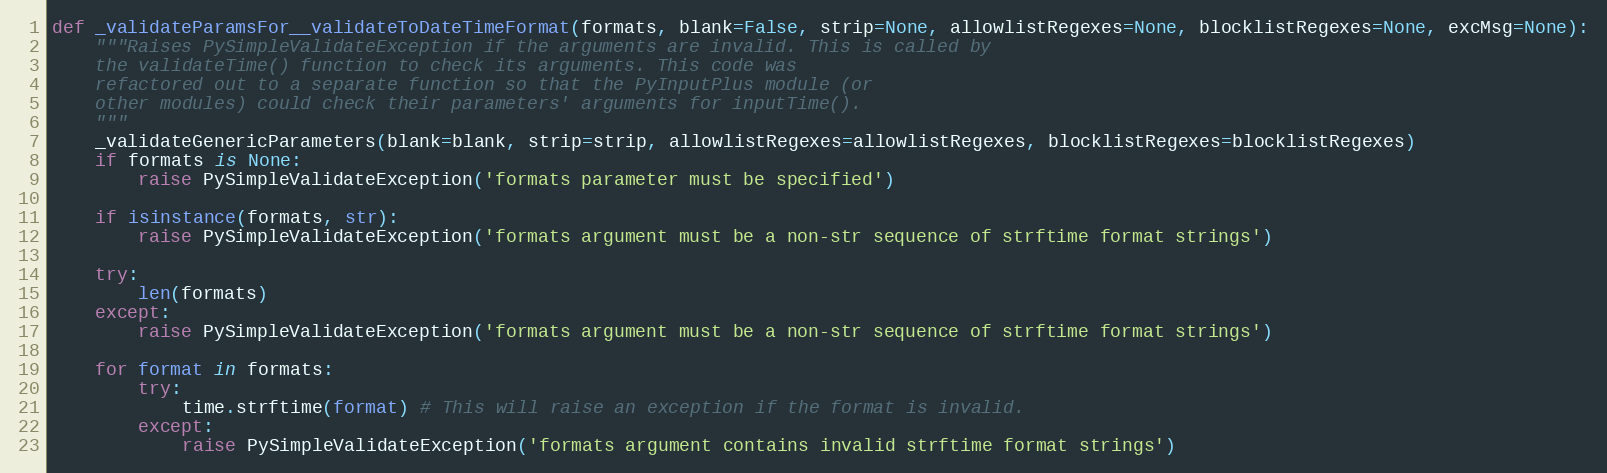
Language: Python
def _validateParamsFor__validateToDateTimeFormat(formats, blank=False, strip=None, allowlistRegexes=None, blocklistRegexes=None, excMsg=None):
    """Raises PySimpleValidateException if the arguments are invalid. This is called by
    the validateTime() function to check its arguments. This code was
    refactored out to a separate function so that the PyInputPlus module (or
    other modules) could check their parameters' arguments for inputTime().
    """
    _validateGenericParameters(blank=blank, strip=strip, allowlistRegexes=allowlistRegexes, blocklistRegexes=blocklistRegexes)
    if formats is None:
        raise PySimpleValidateException('formats parameter must be specified')

    if isinstance(formats, str):
        raise PySimpleValidateException('formats argument must be a non-str sequence of strftime format strings')

    try:
        len(formats)
    except:
        raise PySimpleValidateException('formats argument must be a non-str sequence of strftime format strings')

    for format in formats:
        try:
            time.strftime(format) # This will raise an exception if the format is invalid.
        except:
            raise PySimpleValidateException('formats argument contains invalid strftime format strings')